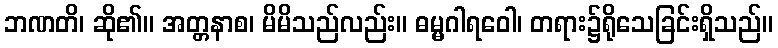
ဘဏတိ၊ ဆို၏။ အတ္တနာစ၊ မိမိသည်လည်း။ ဓမ္မဂါရဝေါ၊ တရား၌ရိုသေခြင်းရှိသည်။